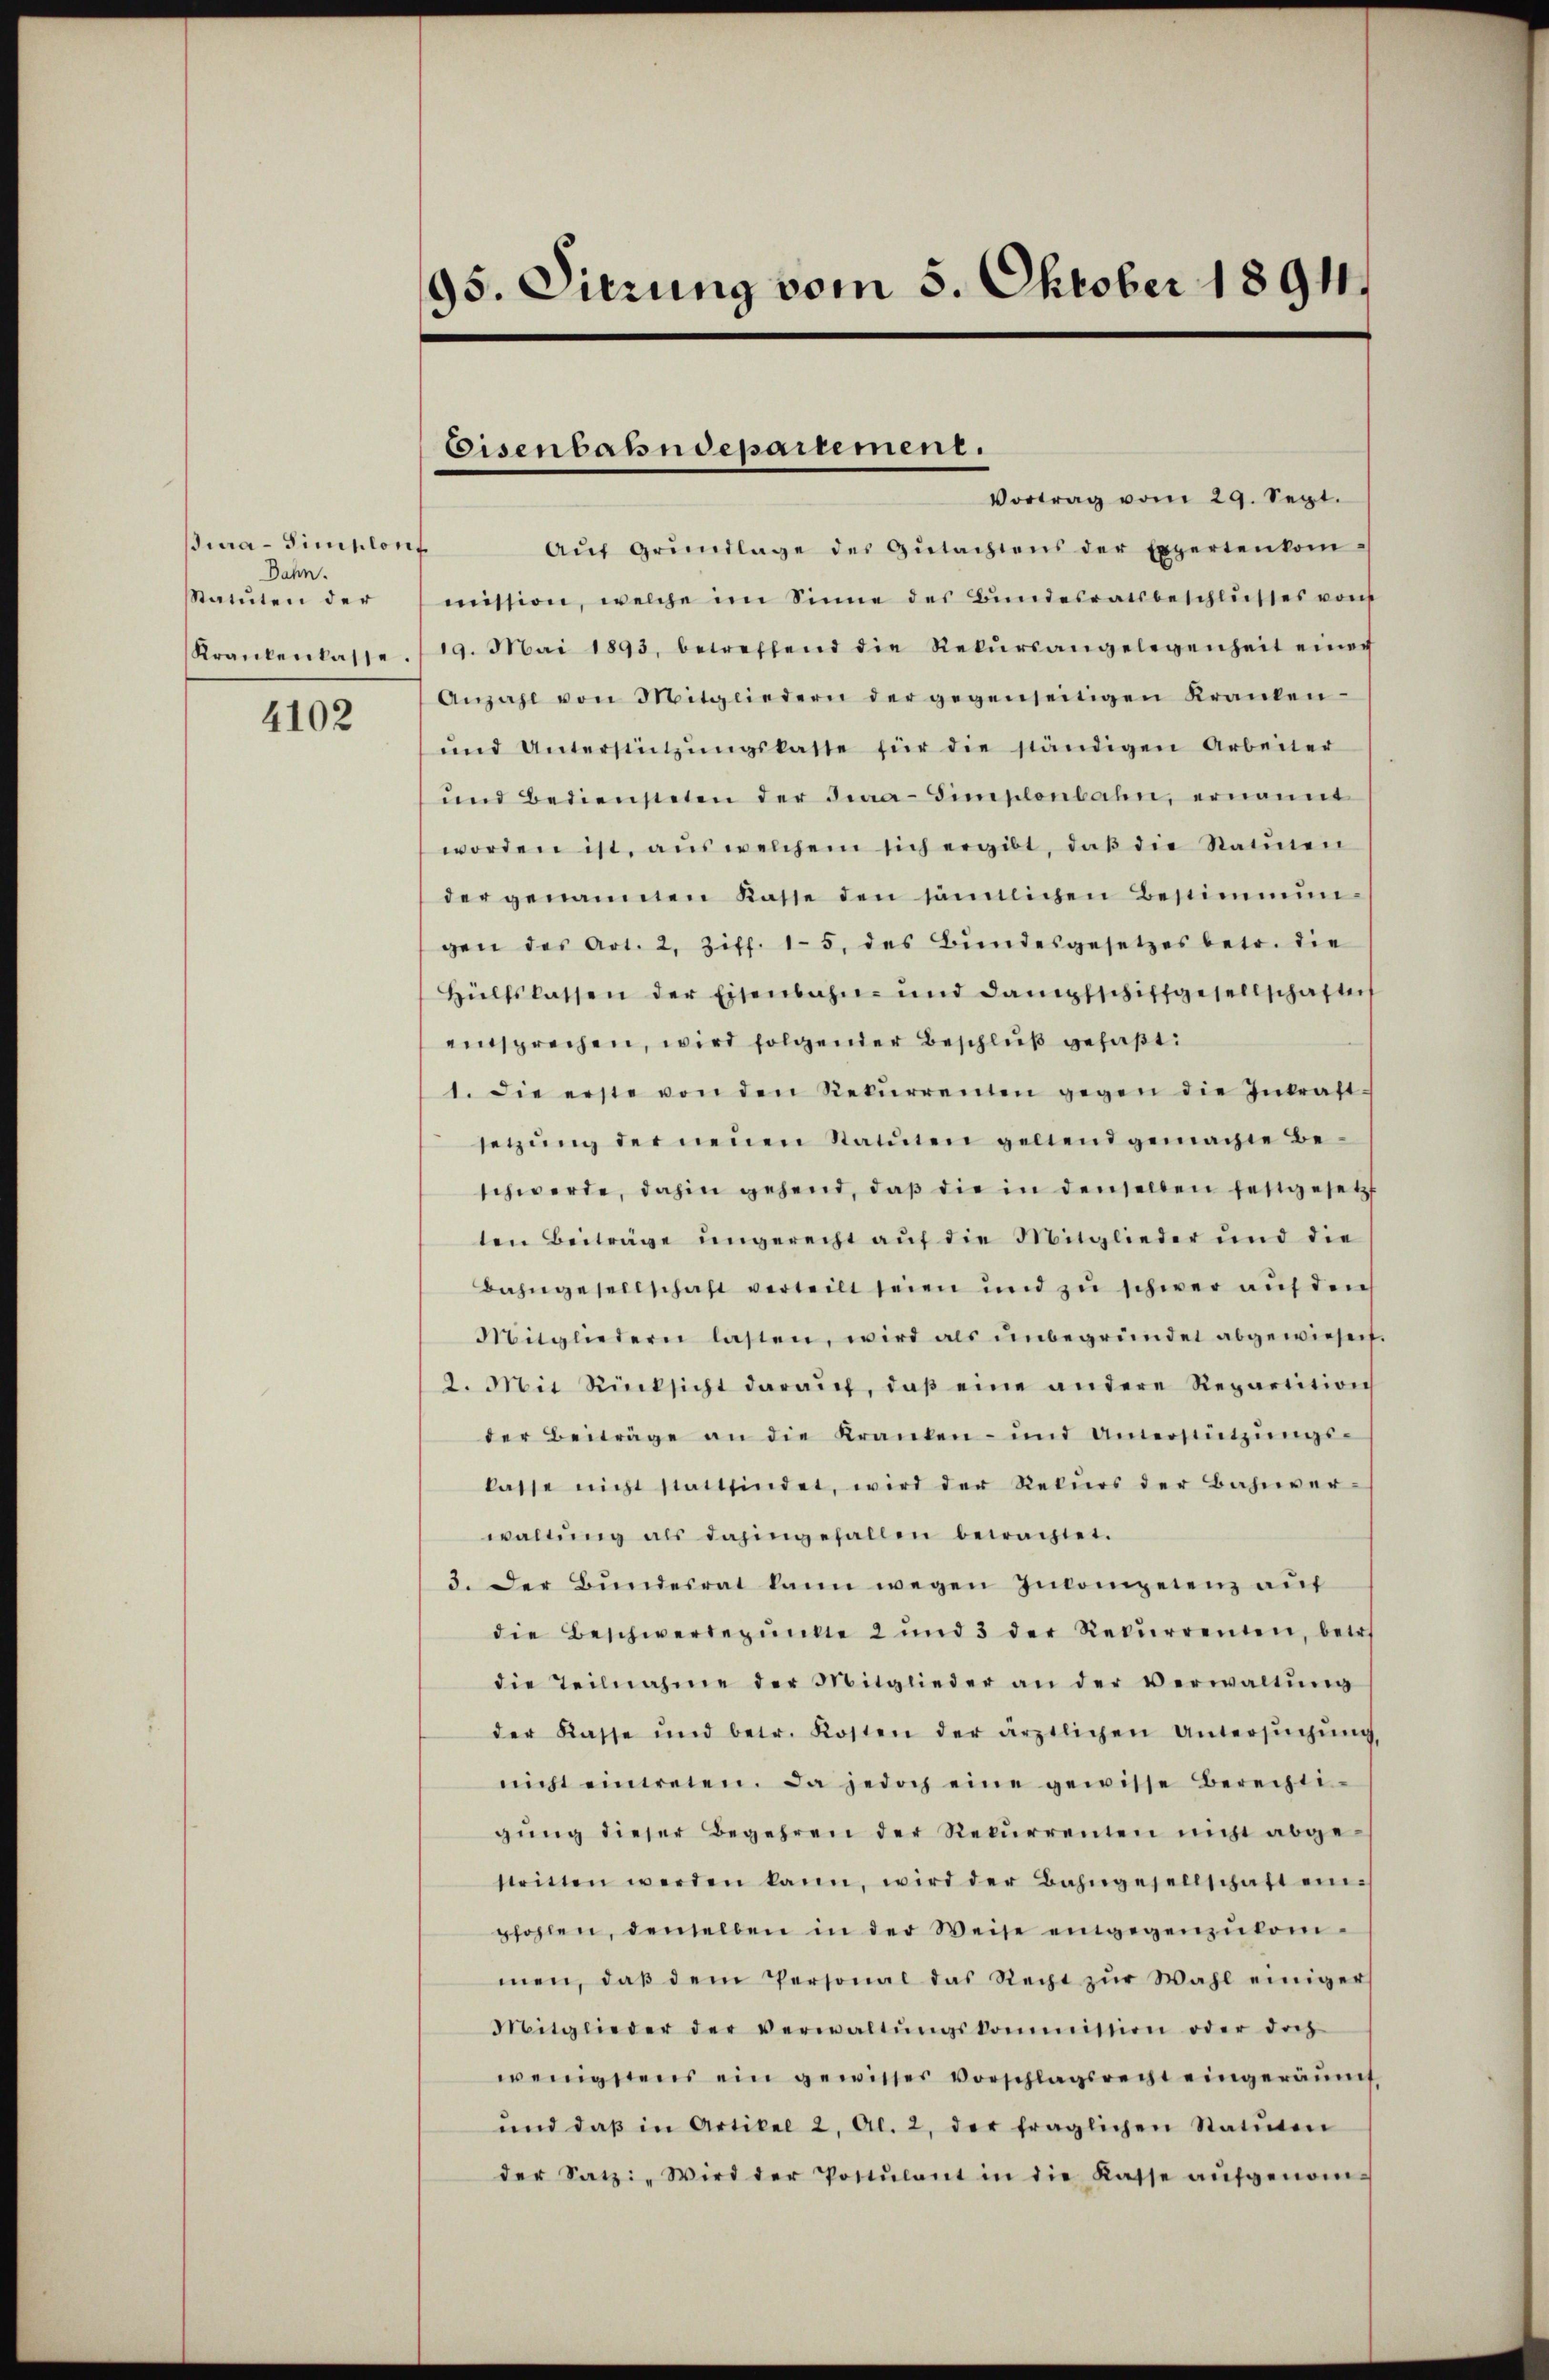
sia-Simplon
Dahn.
Statuten der
Krankenlasse.
4102

95. Dierung vom 5. Oktober 1891

Eisenbahndepartement.

Vortrag vom 29. Sept.
Aŭf Grŭndlage des Gŭtachtens der Expertenkom-
t
mission, welche im Sinne des Bundesratsbeschlusses vom
19. Mai 1893, betreffend die Rekŭrsangelegenheit einer
Anzahl von Mitgliedern der gegenseitigen Kranken-
ŭnd Unterstützŭngskasse für die ständigen Arbeiter
ŭnd bediensteten der Fraa-Simplonbahn, ernannt
worden ist, aŭswelchem sich ergibt, daß die Statten
der genannten Kasse den sämtlichen Bestimmun-
gen des Art. 2, Ziff. 15. des Bundesgesetzes betr. die
Hülfslassen der Eisenbahn- und dampfschiffgesellschaften
einsprechen, wird folgender Beschluß gefaßt:
1. Die erste von den Rekŭrrenten gegen die Inkraft.
setzŭng der neŭen Statŭten geltend gemachte Be-
schwerde, dahin gehend, daß die in denselben festgesetzt
ten Beiträge ungerecht aŭf die Mitglieder und die
Bahngesellschaft verteilt seien und zu schwer auf den
Mitgliedern lasten, wird als ŭnbegründet abgewiesen.
2. Mit Rücksicht daraŭf, daβ eine andere Repartition
der Beiträge an die Kranken- und Unterstützŭngs-
lasse nicht stattfindet, wird der Rekŭrs der Bahnver-
waltŭng als dahingefallen betrachtet.
3. Der Bŭndesrat kann wegen Incompetenz aŭf
die Beschwerdepŭnkte 2 und 3 der Rekŭrrenten, betr.
die Teilnahme der Mitglieder an der Verwaltŭng
der Kasse und betr. Kosten der ärztlichen Untersŭchŭng
nicht einwesen. Da jedoch eine gewisse Berechti-
gŭng dieser Begehren der Rekŭrrenten nicht abge-
stritten werden kann, wird der Bahngesellschaft ein-
pfohlen, denselben in der Weise eingegenzŭkom-
men, daβ dem Personal das Recht zŭr Wahl einiger
Mitglieder der verwaltŭngskommission oder doch
wenigstens ein gewisser Vorschlagsrecht eingeräumt,
ŭnd daβ in Artikel 2 Al. 2, der fraglichen Statŭten
der Satz: „Wird der Postulant in die Kasse aŭfgenom-